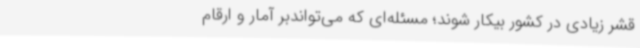
قشر زیادی در کشور بیکار شوند؛ مسئله‌ای که می‌تواندبر آمار و ارقام